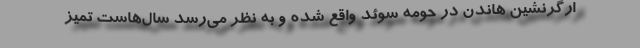
ارگرنشین هاندن در حومه سوئد واقع شده و به نظر می‌رسد سال‌هاست تمیز